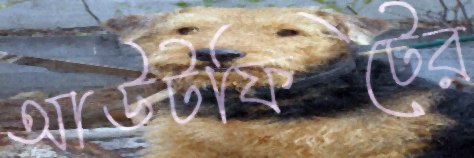
আউটফিটের